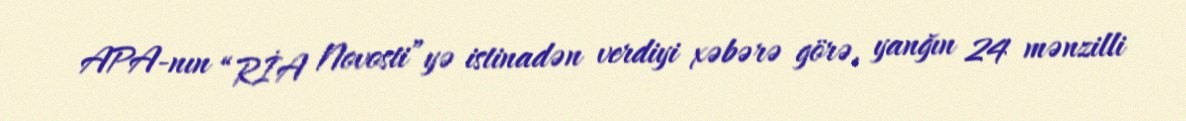
APA-nın “RİA Novosti”yə istinadən verdiyi xəbərə görə, yanğın 24 mənzilli